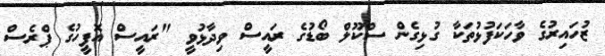
ޒުހައިރުގެ ވާހަކަފުޅުތަކާ ގުޅިގެން ސްކޫލް ބޯޑުގެ ރައީސް ވިދާޅުވީ "ރައީސް އޮފީހުގެ ޕްރެސް